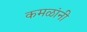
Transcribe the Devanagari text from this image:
कमळांनी